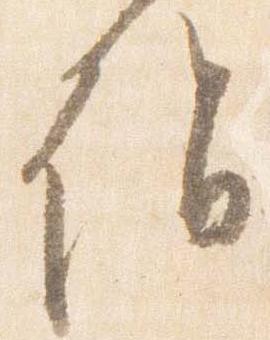
詣